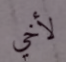
لأخي